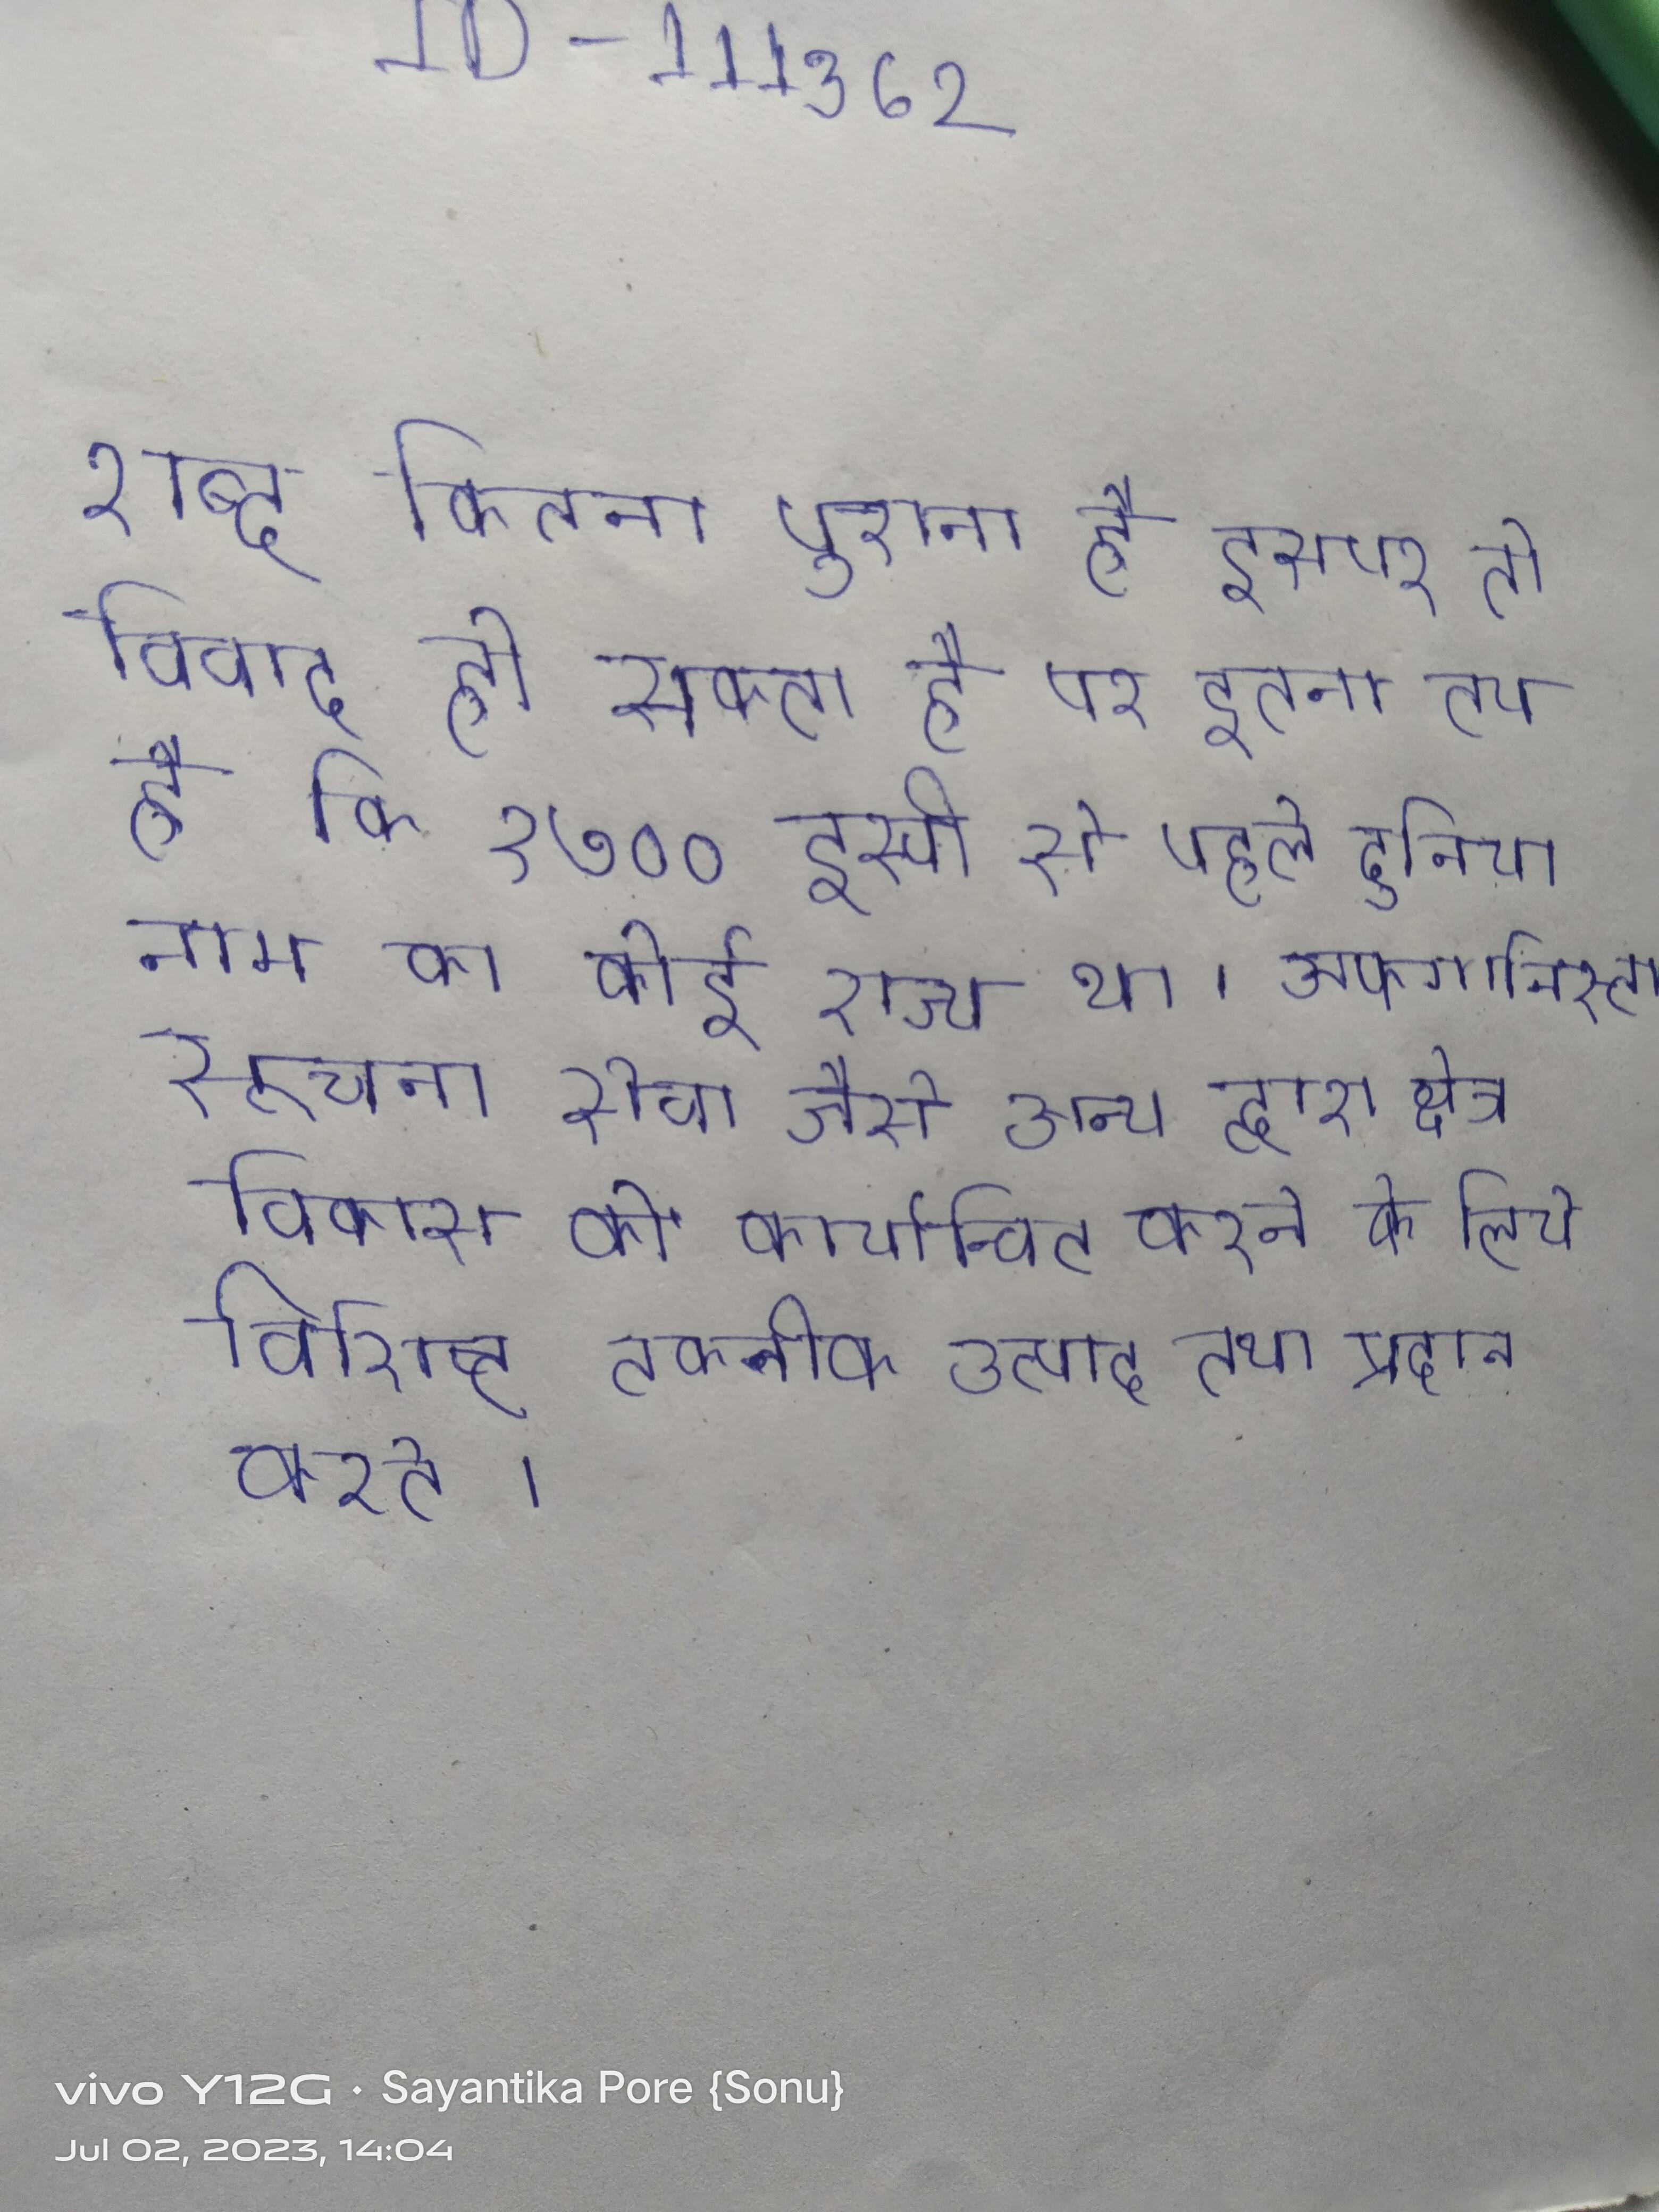
शब्द कितना पुराना है इसपर तो विवाद हो सकता है पर इतना तय है कि १७०० इस्वी से पहले दुनिया नाम का कोई राज्य था । अफगानिस्तान सूचना सेवा जैसे अन्य द्वारा क्षेत्र विकास को कार्यान्वित करने के लिये विशिष्ट तकनीक उत्पाद तथा प्रदान करते ।